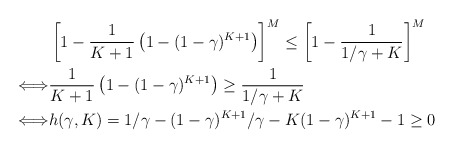
\begin{align*}&\left[1-\frac{1}{K+1}\left(1-(1-\gamma)^{K+1}\right)\right]^M\leq\left[1-\frac{1}{1/\gamma + K}\right]^M\\\Longleftrightarrow&\frac{1}{K+1}\left(1-(1-\gamma)^{K+1}\right)\geq \frac{1}{1/\gamma + K}\\\Longleftrightarrow& h(\gamma, K) = 1/\gamma-(1-\gamma)^{K+1}/\gamma - K(1-\gamma)^{K+1}- 1\geq 0\end{align*}